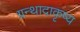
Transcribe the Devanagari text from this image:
ग्रन्थादाकृष्य